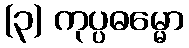
(၃) ကုပ္ပဓမ္မော